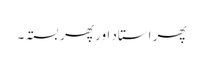
پھر استاد اور پھر بستہ ۔